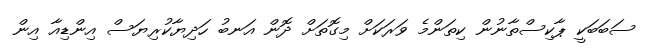
ސަބަބަކީ ޕާކިސްތާނުން ކިތަންމެ ވަރަކަށް މިގޮތަށް ދޮން އަނބު ހަދިޔާކުރިޔަސް އިންޑިއާ އިން